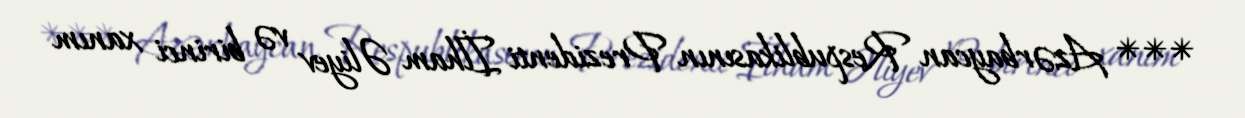
*** Azərbaycan Respublikasının Prezidenti İlham Əliyev və birinci xanım